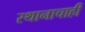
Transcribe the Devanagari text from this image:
स्थानाचाही